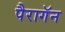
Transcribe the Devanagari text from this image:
पैरागॅन